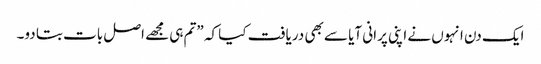
ایک دن انہوں نے اپنی پرانی آیا سے بھی دریافت کیا کہ ”تم ہی مجھے اصل بات بتا دو۔